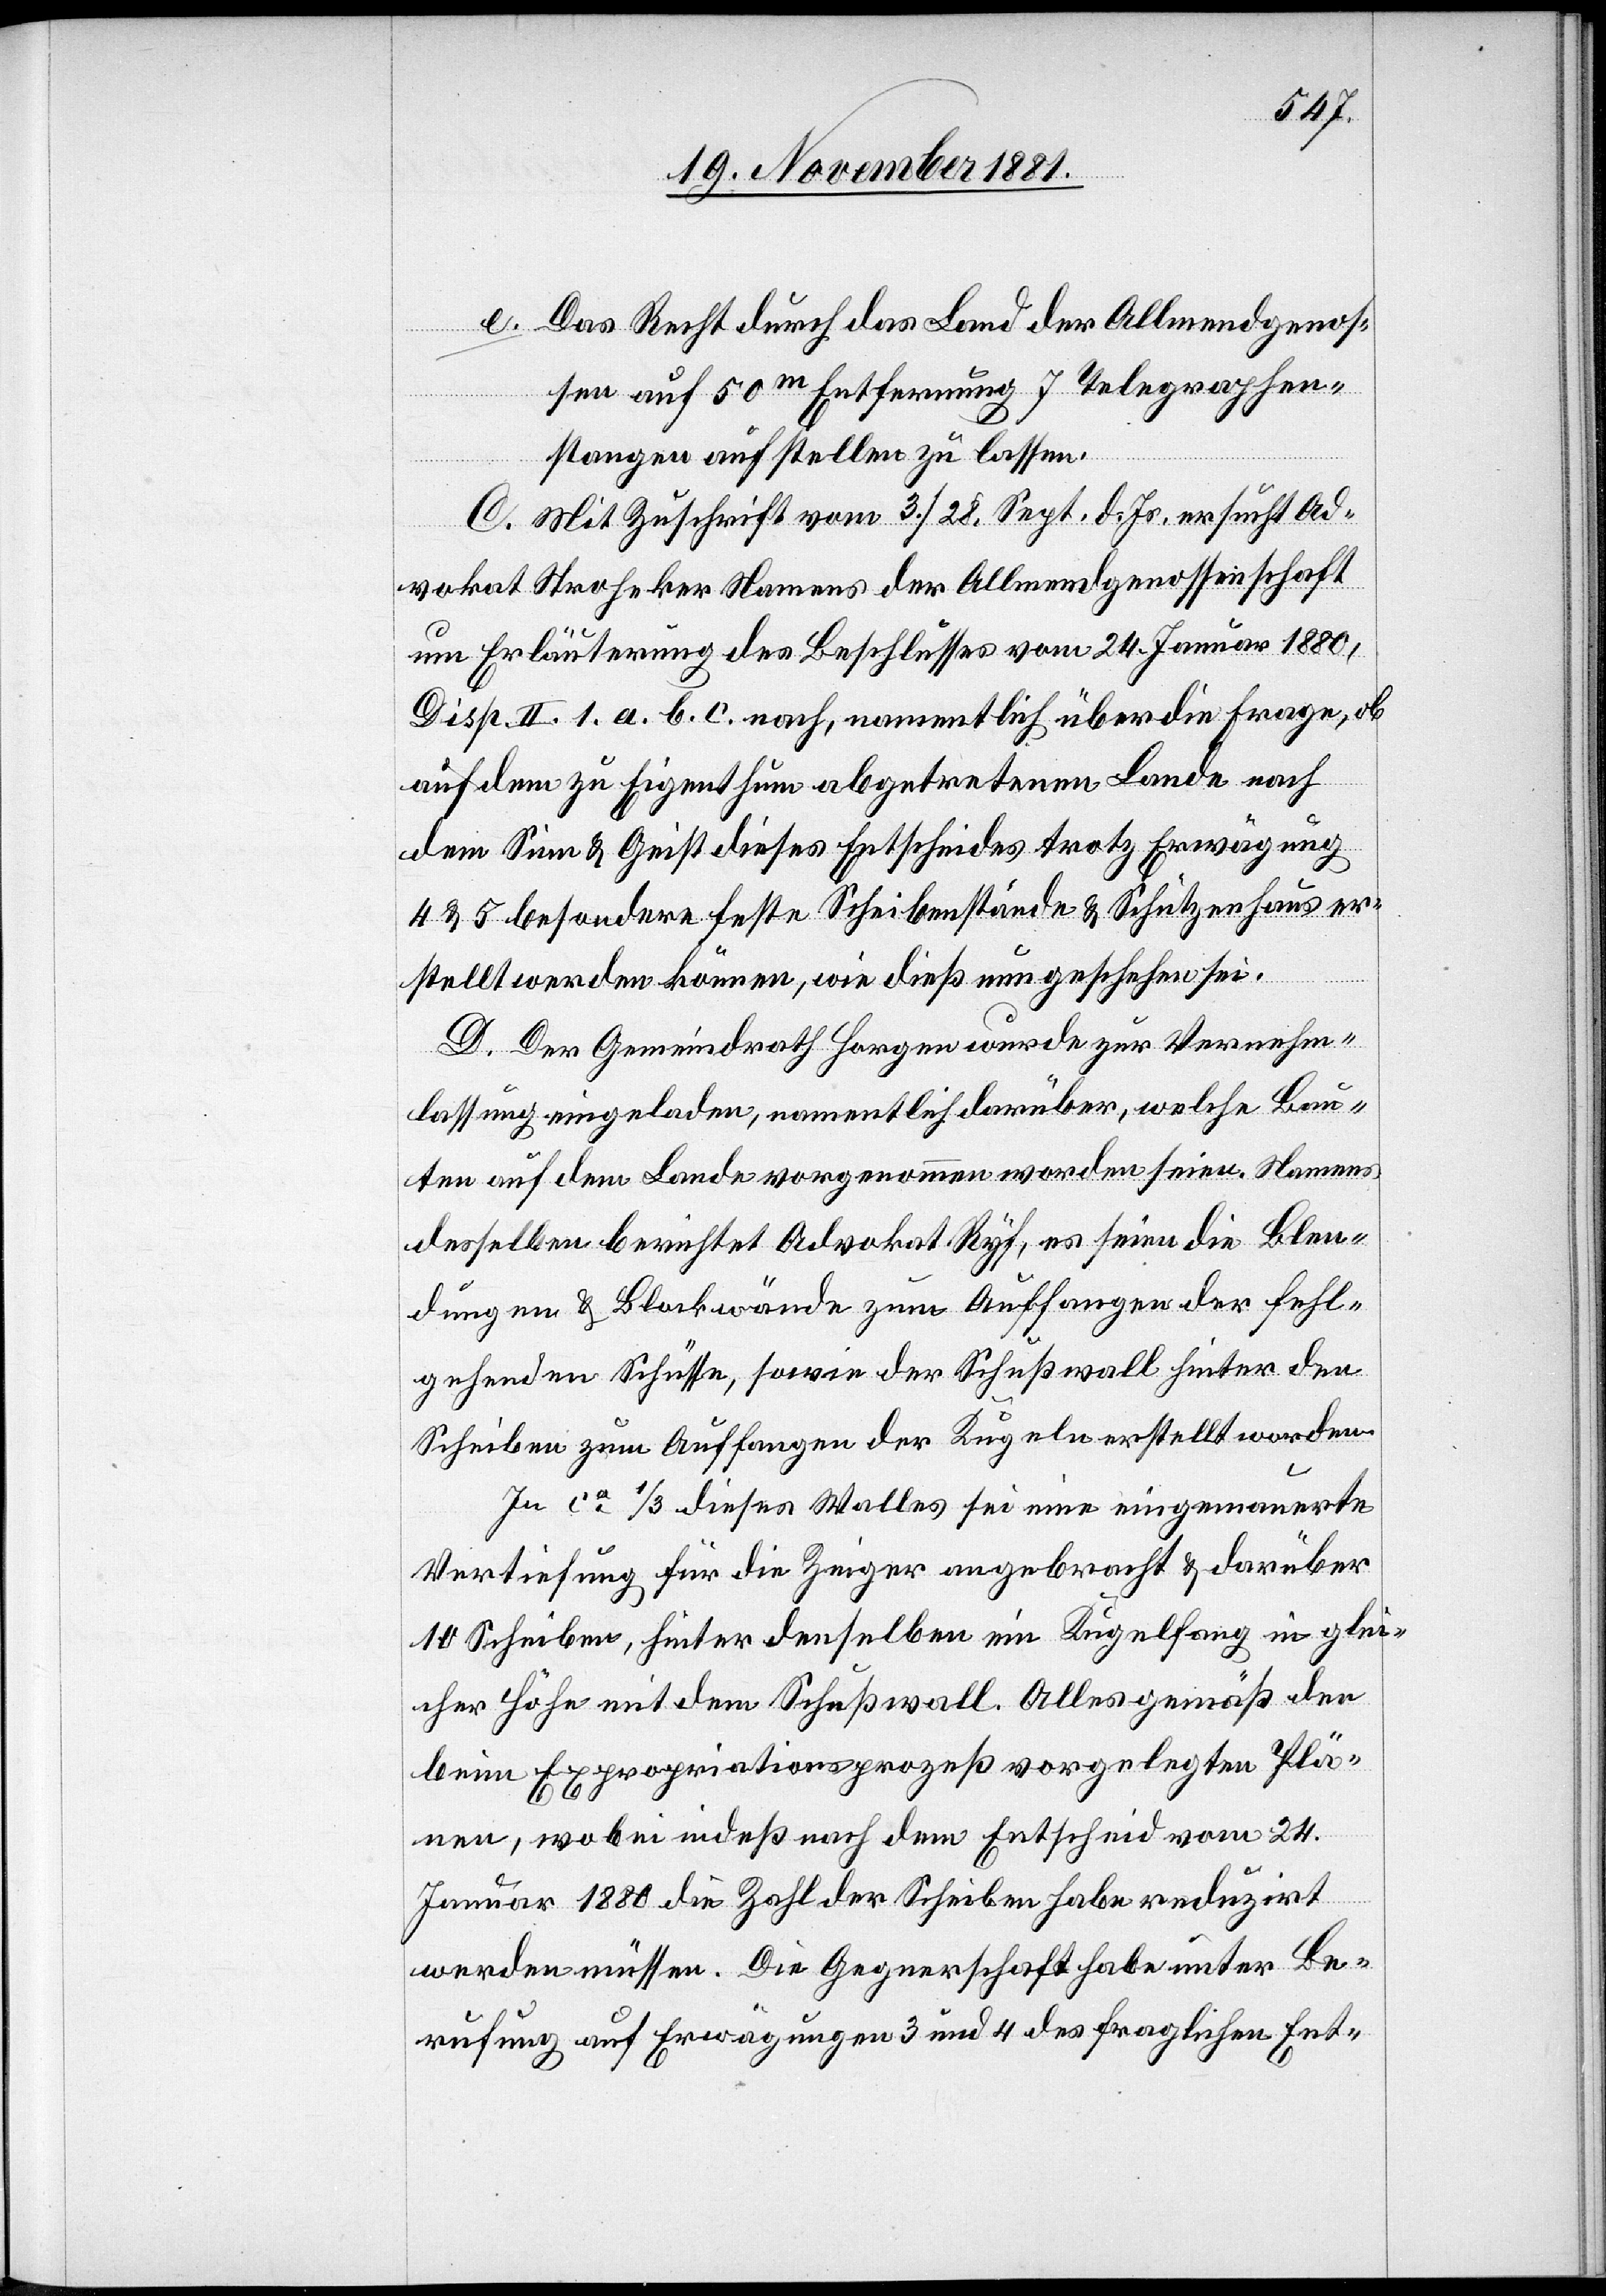
e. Das Recht durch das Land der Allmendgenos¬
sen auf 50m Entfernung 7 Telegraphen¬
stangen aufstellen zu lassen.
C. Mit Zuschrift vom 3./28. Sept. d. Js. ersucht Ad¬
vokat Stroheker Namens der Allmendgenossenschaft
um Erläuterung des Beschlusses vom 24. Januar 1880,
Disp. II. 1. a. b. c. nach, namentlich über die Frage, ob
auf dem zu Eigenthum abgetretenen Lande nach
dem Sinn & Geist dieses Entscheides trotz Erwägung
4 & 5 besondere feste Scheibenstände & Schützenhaus er¬
stellt werden können, wie dieß nun geschehen sei.
D. Der Gemeindrath Horgen wurde zur Vernehm¬
lassung eingeladen, namentlich darüber, welche Bau¬
ten auf dem Lande vorgenommen worden seien. Namens
desselben berichtet Advokat Ryf, es seien die Blen¬
dungen & Blockwände zum Auffangen der fehl¬
gehenden Schüsse, sowie der Schußwall hinter den
Scheiben zum Auffangen der Kugeln erstellt worden.
In ca 1/3 dieses Walles sei eine eingemauerte
Vertiefung für die Zeiger angebracht & darüber
10 Scheiben, hinter denselben ein Kugelfang in glei¬
cher Höhe mit dem Schußwall. Alles gemäß den
beim Expropriationsprozeß vorgelegten Plä¬
nen, wobei indeß nach dem Entscheid vom 24.
Januar 1880 die Zahl der Scheiben habe reduzirt
werden müssen. Die Gegnerschaft habe unter Be¬
rufung auf Erwägungen 3 und 4 des fraglichen Ent-